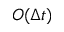
O ( \Delta t )